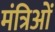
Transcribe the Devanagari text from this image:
मंत्रिओं